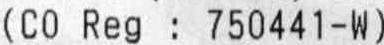
(CO REG : 750441-W)